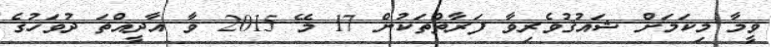
ވީމާ މިކަމަށް ޝައުޤުވެރިވާ ފަރާތްތަކުން 17 މޭ 2015 ވާ އާދީއްތަ ދުވަހުގެ